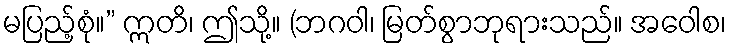
မပြည့်စုံ။” ဣတိ၊ ဤသို့။ (ဘဂဝါ၊ မြတ်စွာဘုရားသည်။ အဝေါစ၊